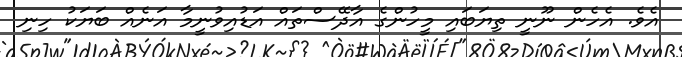
އެވެ. އެހެން ނޫނީ ތިޔަބައި މީހުންގެ އާދޭސްތައް އަޑުއިވުނީމާ އަނެއް ބަޔަކު ހިނި